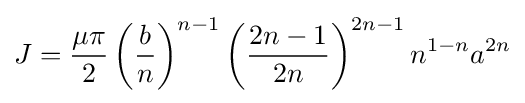
J={\frac {\mu \pi }{2}}\left({\frac {b}{n}}\right)^{n-1}\left({\frac {2n-1}{2n}}\right)^{2n-1}n^{1-n}a^{2n}